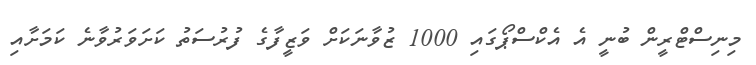
މިނިސްޓްރީން ބުނީ އެ އެކްސްޕޯގައި 1000 ޒުވާނަކަށް ވަޒީފާގެ ފުރުސަތު ކަށަވަރުވާނެ ކަމަށާއި